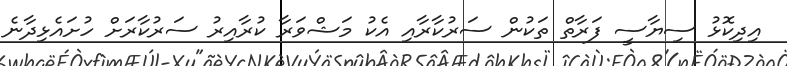
އިދިކޮޅު ސިޔާސީ ފަރާތް ތަކުން ސަރުކާރާއި އެކު މަޝްވަރާ ކުރާއިރު ސަރުކާރަށް ހުށައެޅިދާނެ